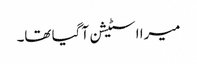
میرا اسٹیشن آ گیا تھا۔